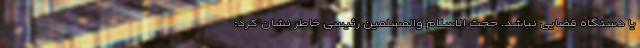
یا دستگاه قضایی نباشد. حجت الاسلام والمسلمین رئیسی خاطر نشان کرد: